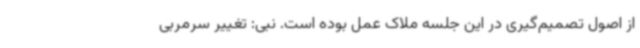
از اصول تصمیم‌گیری در این جلسه ملاک عمل بوده است. نبی: تغییر سرمربی